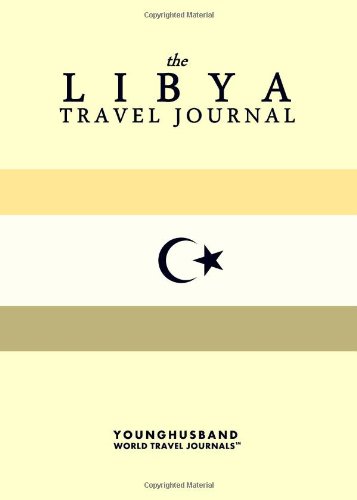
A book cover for The Libya Travel Journal; Younghusband World Travel Journals; Travel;